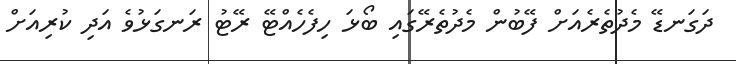
ދަގަނޑޭ މެދުތެރެއަށް ފޭބުން މެދުތެރޭގައި ބޯޅަ ހިފެހެއްޓޭ ރޭޓު ރަނގަޅުވެ އަދި ކުރިއަށް